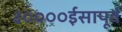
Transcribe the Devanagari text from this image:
३००००ईसापूर्व